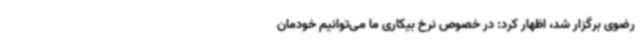
رضوی برگزار شد، اظهار کرد: در خصوص نرخ بیکاری ما می‌توانیم خودمان